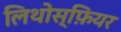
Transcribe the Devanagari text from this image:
लिथोस्फ़ियर